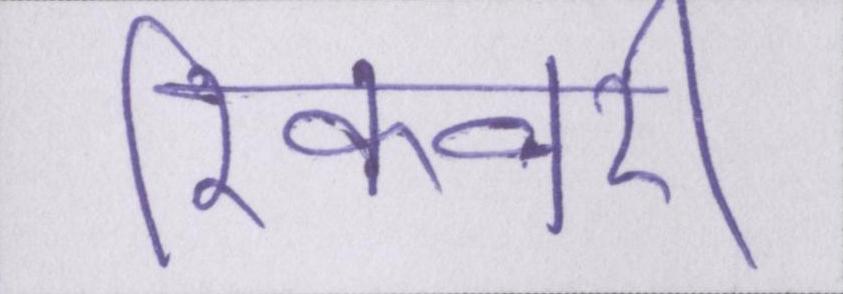
रिकवरी